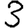
Digit: 3